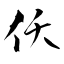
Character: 仸